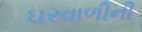
ઘરવાળીની